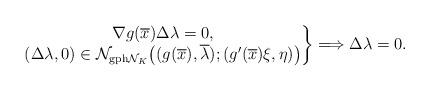
LaTeX: \begin{align*} \left.\begin{matrix} \nabla g(\overline{x})\Delta\lambda=0,\\ (\Delta\lambda,0)\in\mathcal{N}_{{\rm gph}\mathcal{N}_K} \big((g(\overline{x}),\overline{\lambda});(g'(\overline{x})\xi,\eta)\big) \end{matrix}\right\} \Longrightarrow\Delta\lambda=0. \end{align*}